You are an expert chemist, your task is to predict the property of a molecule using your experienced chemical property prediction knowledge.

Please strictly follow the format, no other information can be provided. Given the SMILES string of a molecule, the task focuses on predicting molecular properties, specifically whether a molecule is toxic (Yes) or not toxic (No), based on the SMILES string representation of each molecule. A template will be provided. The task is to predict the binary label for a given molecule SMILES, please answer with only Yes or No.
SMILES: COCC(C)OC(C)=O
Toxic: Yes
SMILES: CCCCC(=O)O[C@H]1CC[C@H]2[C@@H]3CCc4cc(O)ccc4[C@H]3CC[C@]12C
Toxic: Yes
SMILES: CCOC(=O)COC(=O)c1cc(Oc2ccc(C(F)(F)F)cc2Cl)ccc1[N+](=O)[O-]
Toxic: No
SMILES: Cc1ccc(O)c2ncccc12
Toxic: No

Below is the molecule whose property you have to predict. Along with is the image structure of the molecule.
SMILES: CCN(CC)CCOC(=O)c1cccnc1.O=C(O)CC(O)(CC(=O)O)C(=O)O
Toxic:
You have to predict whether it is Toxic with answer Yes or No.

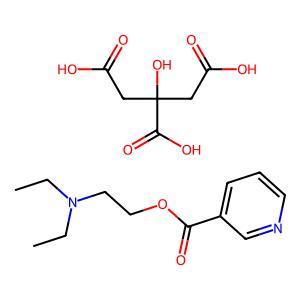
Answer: No